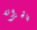
بالخزانة